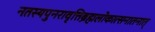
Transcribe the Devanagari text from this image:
नतस्यपुनरावृत्तिर्ब्रह्मलोकात्सनातनात्